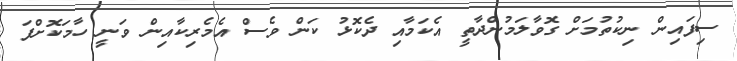
ސިފައިން ނިކުތުމަށް ގޮވާލަމުންދާތީ އެކަމާއި ދެކޮޅު ކަން ވެސް އެމެރިކާއިން ވަނީ ހާމަކޮށްފަ